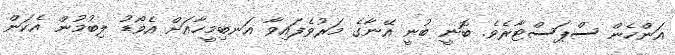
އަންހެން ސްޕަސްޓާރެވެ. ބޮނީ ބުނީ އޭނާގެ މަރުވެފައިވާ އަނބިމީހާއަށް އެވޯޑު ލިބުމުން އެކަން